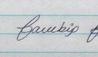
Signature authenticity: genuine